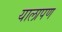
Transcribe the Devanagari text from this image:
यालापण